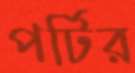
পর্টির